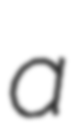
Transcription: a